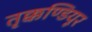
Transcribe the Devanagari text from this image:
तृक्कण्डियूर